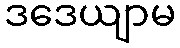
ဒဒေယျာမ